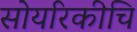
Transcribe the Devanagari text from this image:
सोयरिकीचि